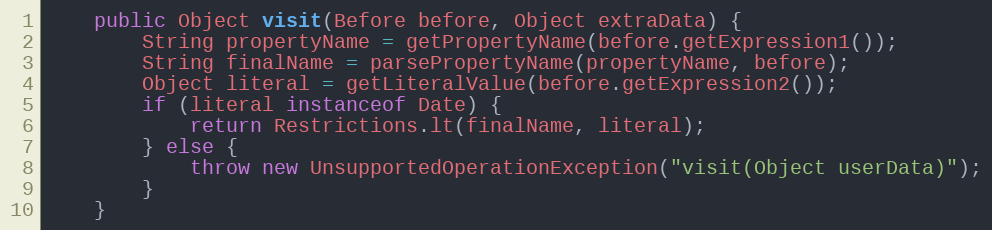
Language: Java
	public Object visit(Before before, Object extraData) {
		String propertyName = getPropertyName(before.getExpression1());
		String finalName = parsePropertyName(propertyName, before);
		Object literal = getLiteralValue(before.getExpression2());
		if (literal instanceof Date) {
			return Restrictions.lt(finalName, literal);
		} else {
			throw new UnsupportedOperationException("visit(Object userData)");
		}
	}